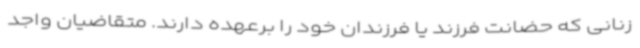
زنانی که حضانت فرزند یا فرزندان خود را برعهده دارند. متقاضیان واجد